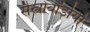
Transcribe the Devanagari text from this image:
सैस्त्रोवॉर्डोयो